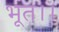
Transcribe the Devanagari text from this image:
भूत।।